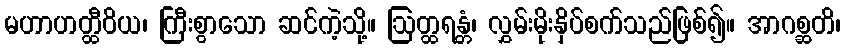
မဟာဟတ္ထီဝိယ၊ ကြီးစွာသော ဆင်ကဲ့သို့။ ဩတ္ထရန္တံ၊ လွှမ်းမိုးနှိပ်စက်သည်ဖြစ်၍။ အာဂစ္ဆတိ၊